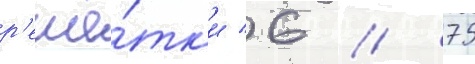
р'ешё́тк'и 6 / 75